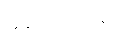
နောက်လှည့်